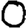
Digit: 0